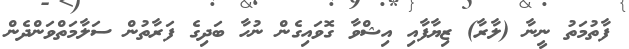
ފާތުމަތު ނީނާ (ލާރާ) ޒިޔާފާއި އިޝްވާ ގޮވައިގެން ނުހާ ބަދިގެ ފަރާތުން ސަލާމަތްވަންދެން